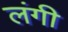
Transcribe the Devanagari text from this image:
लंगी